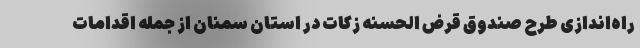
راه‌اندازی طرح صندوق قرض الحسنه زکات در استان سمنان از جمله اقدامات